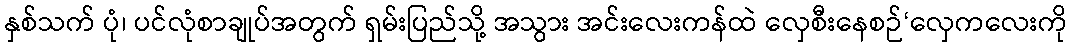
နှစ်သက် ပုံ၊ ပင်လုံစာချုပ်အတွက် ရှမ်းပြည်သို့ အသွား အင်းလေးကန်ထဲ လှေစီးနေစဉ်‘လှေကလေးကို